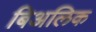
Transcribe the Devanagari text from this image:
बिअलिक